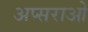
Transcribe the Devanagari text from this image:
अप्सराओ